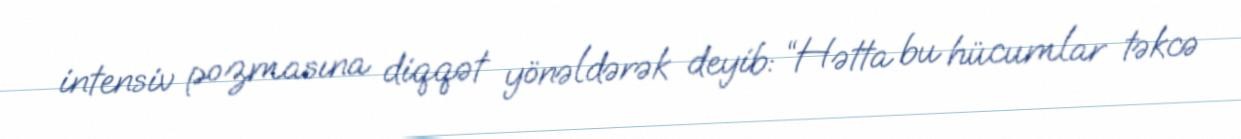
intensiv pozmasına diqqət yönəldərək deyib: “Hətta bu hücumlar təkcə